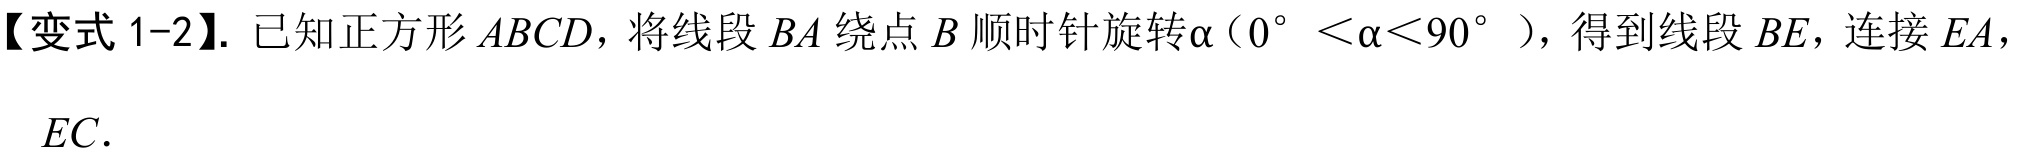
【变式1-2】. 已知正方形$ABCD$，将线段$BA$绕点$B$顺时针旋转$\alpha（0^{\circ}<\alpha<90^{\circ} ）$，得到线段$BE$，连接$EA$，$EC$.